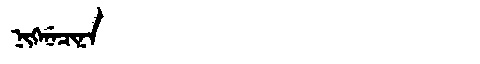
Manchu: ᠨᡳᡴᡝᠨᡝᠴᡳᠨᠠ
Romanization: NIKENECINA